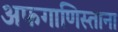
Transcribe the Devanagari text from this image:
अफगाणिस्ताना